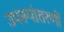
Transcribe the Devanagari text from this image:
उपरूपांतरणों